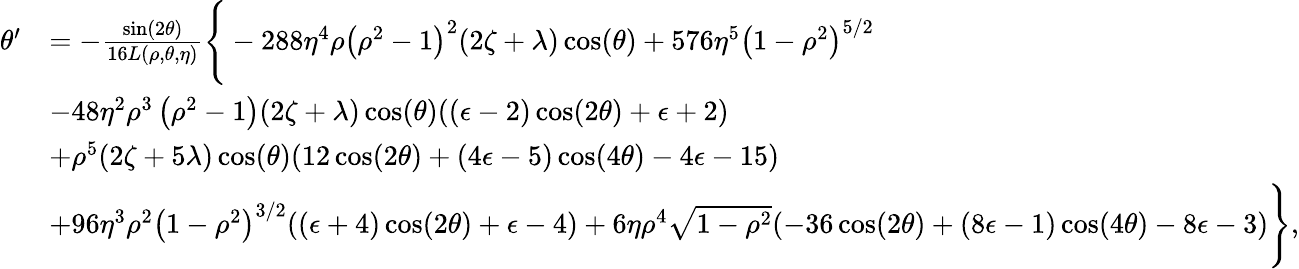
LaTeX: \begin{array}{rl}{\theta^{\prime}}&{=-\frac{\sin(2\theta)}{16L(\rho,\theta,\eta)}\Bigg\{ -288\eta^{4}\rho\left(\rho^{2}-1\right)^{2}(2\zeta+\lambda)\cos(\theta)+576\eta^{5}\left(1-\rho^{2}\right)^{5/2}}\\ &{-48\eta^{2}\rho^{3}\left(\rho^{2}-1\right)(2\zeta+\lambda)\cos(\theta)((\epsilon-2)\cos(2\theta)+\epsilon+2)}\\ &{+\rho^{5}(2\zeta+5\lambda)\cos(\theta)(12\cos(2\theta)+(4\epsilon-5)\cos(4\theta)-4\epsilon-15)}\\ &{+96\eta^{3}\rho^{2}\left(1-\rho^{2}\right)^{3/2}((\epsilon+4)\cos(2\theta)+\epsilon-4)+6\eta\rho^{4}\sqrt{1-\rho^{2}}(-36\cos(2\theta)+(8\epsilon-1)\cos(4\theta)-8\epsilon-3)\Bigg\} ,}\end{array}